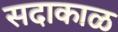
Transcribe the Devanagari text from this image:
सदाकाळ